Medical and sanitary report of the native army of Bengal for the year
Year: 1874
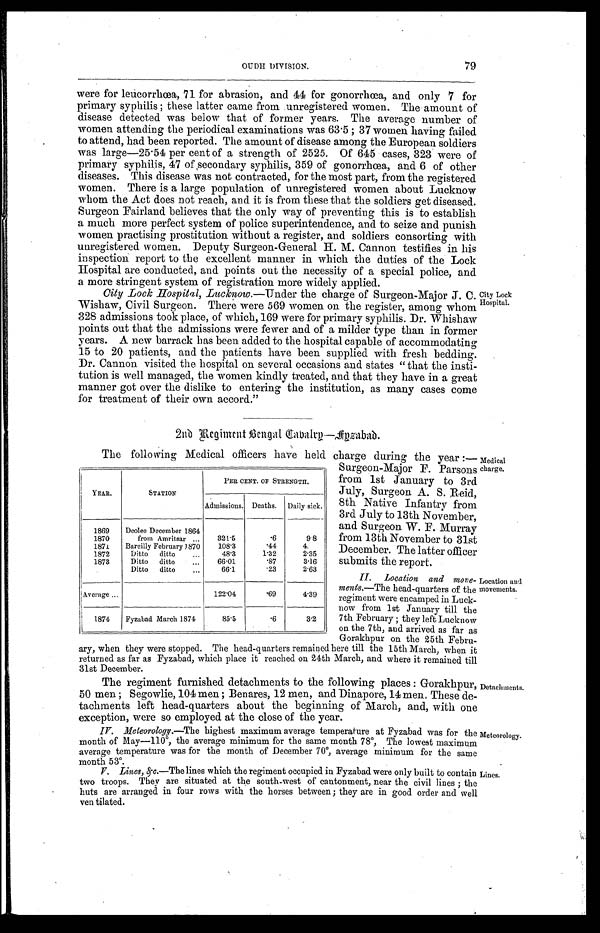
79
were for leucorrhœa, 71 for abrasion, and 44 for gonorrhœa, and only 7 for
primary syphilis ; these latter came from unregistered women. The amount of
disease detected was below that of former years. The average number of
women attending the periodical examinations was 63.5 ; 37 women having failed
to attend, had been reported. The amount of disease among the European soldiers
was large—25.54 per cent of a strength of 2525. Of 645 cases, 323 were of
primary syphilis, 47 of secondary syphilis, 359 of gonorrhœa, and 6 of other
diseases. This disease was not contracted, for the most part, from the registered
women. There is a large population of unregistered women about Lucknow
whom the Act does not reach, and it is from these that the soldiers get diseased.
Surgeon Fairland believes that the only way of preventing this is to establish
a much more perfect system of police superintendence, and to seize and punish
women practising prostitution without a register, and soldiers consorting with
unregistered women. Deputy Surgeon-General H. M. Cannon testifies in his
inspection report to the excellent manner in which the duties of the Lock
Hospital are conducted, and points out the necessity of a special police, and
a more stringent system of registration more widely applied.
City Look Hospital, Lucknow .—Under the charge of Surgeon-Major J. C.
Wishaw, Civil Surgeon. There were 569 women on the register, among whom
328 admissions took place, of which, 169 were for primary syphilis. Dr. Whishaw
points out that the admissions were fewer and of a milder type than in former
years. A new barrack has been added to the hospital capable of accommodating
15 to 20 patients, and the patients have been supplied with fresh bedding.
Dr. Cannon visited the hospital on several occasions and states "that the insti
-
tution is well managed, the women kindly treated, and that they have in a great
manner got over the dislike to entering the institution, as many cases come
for treatment of their own accord."
City Lock
Hospital.
2nd Regiment Bengal Cabalry—Fyzabad.
The following Medical officers have held charge during the year :—-
Surgeon-Major F. Parsons
from 1st January to 3rd
July, Surgeon A. S. Reid,
8th Native Infantry from
3rd July to 13th November,
and Surgeon W. F. Murray
from 13th November to 31st
December. The latter officer
submits the report.
II. Location and move-
-ments.— The head-quarters of the
regiment were encamped in Luck
-
now from 1st January till the
7th February ; they left Lucknow
on the 7th, and arrived as far as
Gorakhpur on the 25th Febru
-
ary, when they were stopped. The head-quarters remained here till the 15th March, when it
returned as far as Fyzabad, which place it reached on 24th March, and where it remained till
31st December.
The regiment furnished detachments to the following places : Gorakhpur,
50 men ; Segowlie, 104 men ; Benares, 12 men, and Dinapore, 14 men. These de
-
tachments left head-quarters about the beginning of March, and, with one
exception, were so employed at the close of the year.
IV. Meteorology.— The highest maximum average temperature at Fyzabad was for the
month of May—110º, the average minimum for the same month 78º, The lowest maximum
average temperature was for the month of December 70º, average minimum for the same
m o n t h o f D e c e m b e r 7 0 º , a v e r a g e m i n i m u m f o r t h e s a m e m o n t h 5 3 º .
V. Lines, &c.— The lines which the regiment occupied in Fyzabad were only built to contain
two troops. They are situated at the south-west of cantonment, near the civil lines ; the
huts are arranged in four rows with the horses between; they are in good order and well
ven tilated.
YEAR.
STATION
PER CENT. OF STRENGTH.
Admissions. Deaths.
Daily sick.
1869
Deolee December 1864
from Amritsar . . .
321.5
.6
9.8
1870
1871
Bareilly February 1870
108.3
.44
4.
1872
Ditto ditto . . .
48.3
1.32
2.35
1873
Ditto ditto . . .
66.01
.87
3.16
Ditto ditto . . .
66.1
.23
2.63
Average . . .
122.04
.69
4.39
1874
Fyzabad March 1874
85.5
.6
3.2
Medical
charge.
Location and
movements.
Detachments.
Meteorology.
Lines.